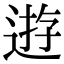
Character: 逰